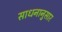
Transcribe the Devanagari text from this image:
साधनानुसार